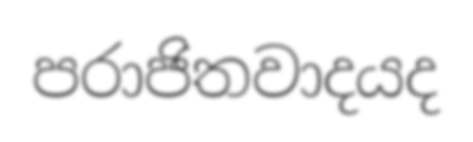
පරාජිතවාදයද